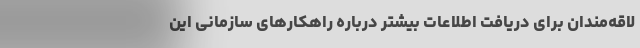
لاقه‌مندان برای دریافت اطلاعات بیشتر درباره راهکارهای سازمانی این